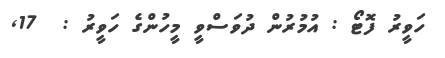
ހަވީރު ފޮޓޯ : އުމުރުން ދުވަސްވީ މީހުންގެ ހަވީރު :  17